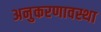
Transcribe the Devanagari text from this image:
अनुकरणावस्था